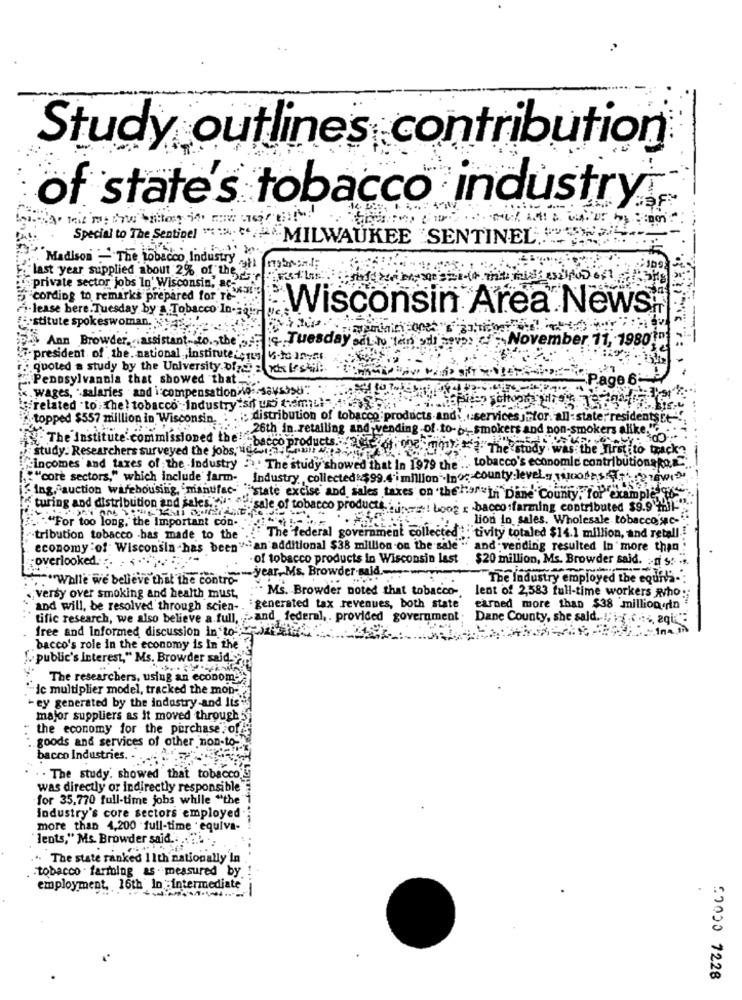
Study outlines contribution
of state's tobacco industry;
Special to The Sentinel MILWAUKEE SENTINEL "
Madison :- The tobacco Industry . myhand;
last year supplied about 2% of the
"private sector jobs In' Wisconsin, a -....
cording to remarks prepared for The
Fi-lease bere.Tuesday by a.Tobacco In-za
Wisconsin Area News
stitute spokeswoman. 4:
ip- Ann Browder ... assistant .. co ., the'
is Tuesday odLo ten sil op: November 11, 1980
president of the national instituteos vito Jnytt
[ quoted a study by the University ofrci z wis Lestil:
Pennsylvania that showed that."
Page 6:
<. wages, salaries and i'compensation 10: sausbau"
related to The } tobacco industry :si wo temel-
2 topped $557 million in Wisconsin
distribution of tobacco products-and ...
vicesjrfor. all - state: residents[+"",
26th in retailing and
smokers alike."
The Institute commissioned the!
study. Researchers surveyed the jobs, de
"bacco pr
study
was the Firstito track ??
obacco's economic contributionsko &C ;.
f-incomes and taxes of the industry :\" The study showed that In 1979 the ....
[.""core sectors," which include farm-
Industry, collected $99.4'i million .Inog-county.levels costs
Ing, auction warehousing, manufac- state excise and sales taxes on 'the ""In Dane County, for example"
In turing and distribution and sales."" sale of tobacco products ..: Loon . bacco farming contributed $9.9 mill.
"For too long, the Important con-
lion in sales. Wholesale tobacco'sc-
" The federal government collected ; : tivity totaled $14.1 million, and retall ..
"tribution tobacco -has made to the
economy :of Wisconsin has been
-an additional $38 million .on the sale " and vending resulted In more than!
:overlooked.
of tobacco products in Wisconsin last
$20 million, Ms. Browder said. :- d S. ...
year, Ms, Browder said .-
... "Walle we believe that the contro-"
The Industry employed the equit's -:
Ms. Browder noted that tobacco-
lent of 2,583 full-time workers Ryho:
versy over smoking and health must,
· and will, be resolved through scien-
generated tax revenues, both state earned more than $38 millionin
tific research, we also believe a full, " and federal, . provided government ; Dane County, she said. .
free and Informed discussion in to "Jak tet
1na,In
.bacco's role in the economy is In the
[public's Interest," Ms. Browder said''
The researchers, using an economy
-ic multiplier model, tracked the mon-
- ey generated by the industry and It's"
major suppliers as it moved through
: the economy for the purchase of
goods and services of other non-to
bacco Industries.
. The study. showed that tobacco
was directly or indirectly responsible
for 35,770 full-time jobs while "the
industry's core sectors employed
more than 4,200 full-time equivi-
"lents," Ms. Browder said. . .. ""
" The state ranked 11th nationally In
tobacco - farming as measured by.
employment, 16th In -intermediate
:7050 7228